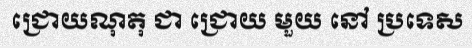
ជ្រោយណុតុ ជា ជ្រោយ មួយ នៅ ប្រទេស